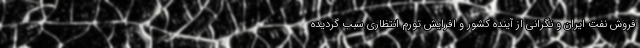
فروش نفت ایران و نگرانی از آینده کشور و افرایش تورم انتظاری سبب گردیده